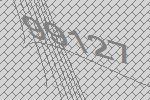
99127